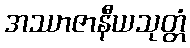
အဿာဇာနီယသုတ္တံ